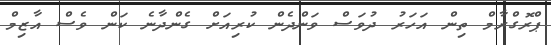
ޕްރޮގްރާމް ތިން އަހަރު ދުވަސް ވަންދެން ކުރިއަށް ގެންދާނެ ކަން ވެސް އާޒިމް